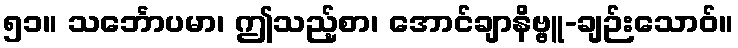
၅၁။ သင်္ဘောပမာ၊ ဤသည့်စာ၊ အောင်ချာနိဗ္ဗူ-ချဉ်းသောဝ်။